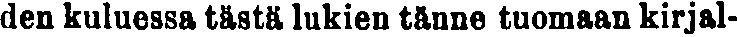
den kuluessa tästä lukien tänne tuomaan kirjal-